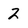
Character: 2